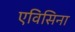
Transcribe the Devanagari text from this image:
एविसिना